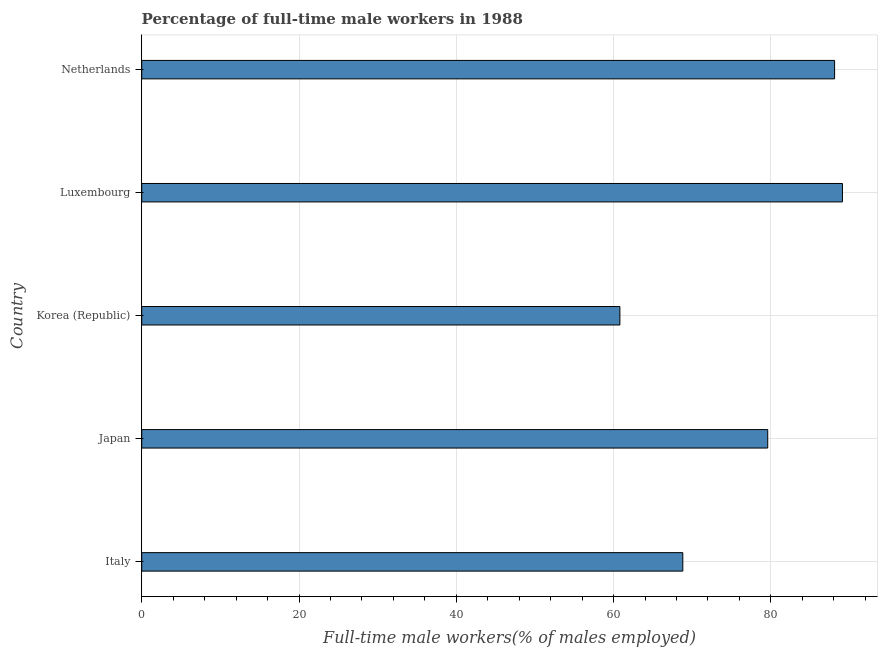
| Country | Wage and salary workers |
 | --- | --- |
 | Italy | 68.8 |
 | Japan | 79.6 |
 | Korea (Republic) | 60.8 |
 | Luxembourg | 89.1 |
 | Netherlands | 88.1 |